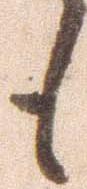
も